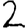
Digit: 2